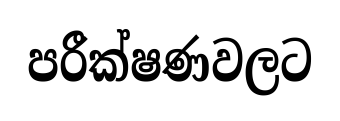
පරීක්ෂණවලට